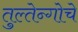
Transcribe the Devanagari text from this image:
तुल्तेन्गोचे